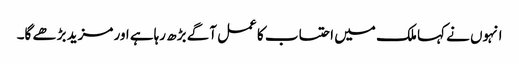
انہوں نے کہا ملک میں احتساب کا عمل آگے بڑھ رہاہے اور مزید بڑھے گا۔